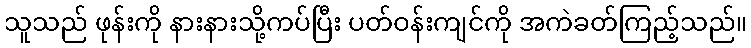
သူသည် ဖုန်းကို နားနားသို့ကပ်ပြီး ပတ်ဝန်းကျင်ကို အကဲခတ်ကြည့်သည်။